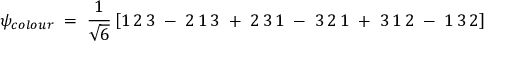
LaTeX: \psi _ { c o l o u r } \; = \; \frac { 1 } { \sqrt { 6 } } \left[ 1 \, 2 \, 3 \; - \; 2 \, 1 \, 3 \; + \; 2 \, 3 \, 1 \; - \; 3 \, 2 \, 1 \; + \; 3 \, 1 \, 2 \; - \; 1 \, 3 \, 2 \right]